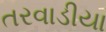
તરવાડીયા